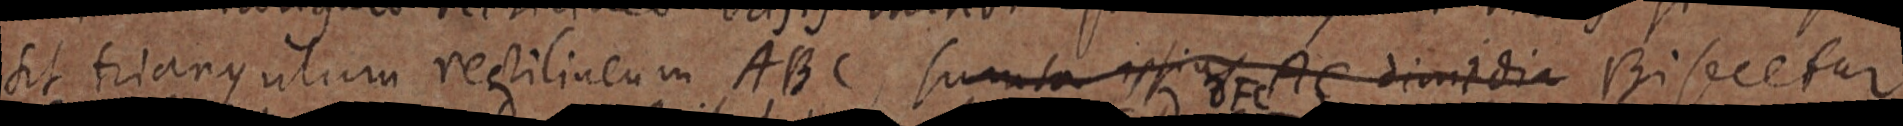
sit triangulum rectilineum ABC, sumta ipsius AC dividia Biscetur